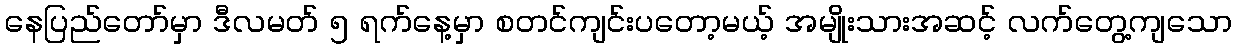
နေပြည်တော်မှာ ဒီလမတ် ၅ ရက်နေ့မှာ စတင်ကျင်းပတော့မယ့် အမျိုးသားအဆင့် လက်တွေ့ကျသော